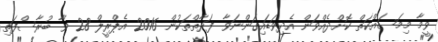
ވީމާ މިމަސައްކަތް ކޮށްދެއްވަން އެދިވަޑައިގަންނަވާ ފަރާތްތަކުން 2016 އެޕްރީލް 28 ވާ ބުރާސްފަތި